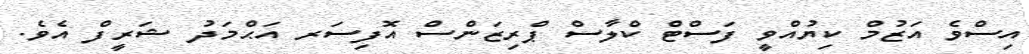
އިސްވެ އަޒުމް ކިޔުއްވީ ފަސްޓް ކްލާސް ޕްރިޒަންސް އޮފިސަރ އަޙްމަދު ޝަރީފް އެވެ.